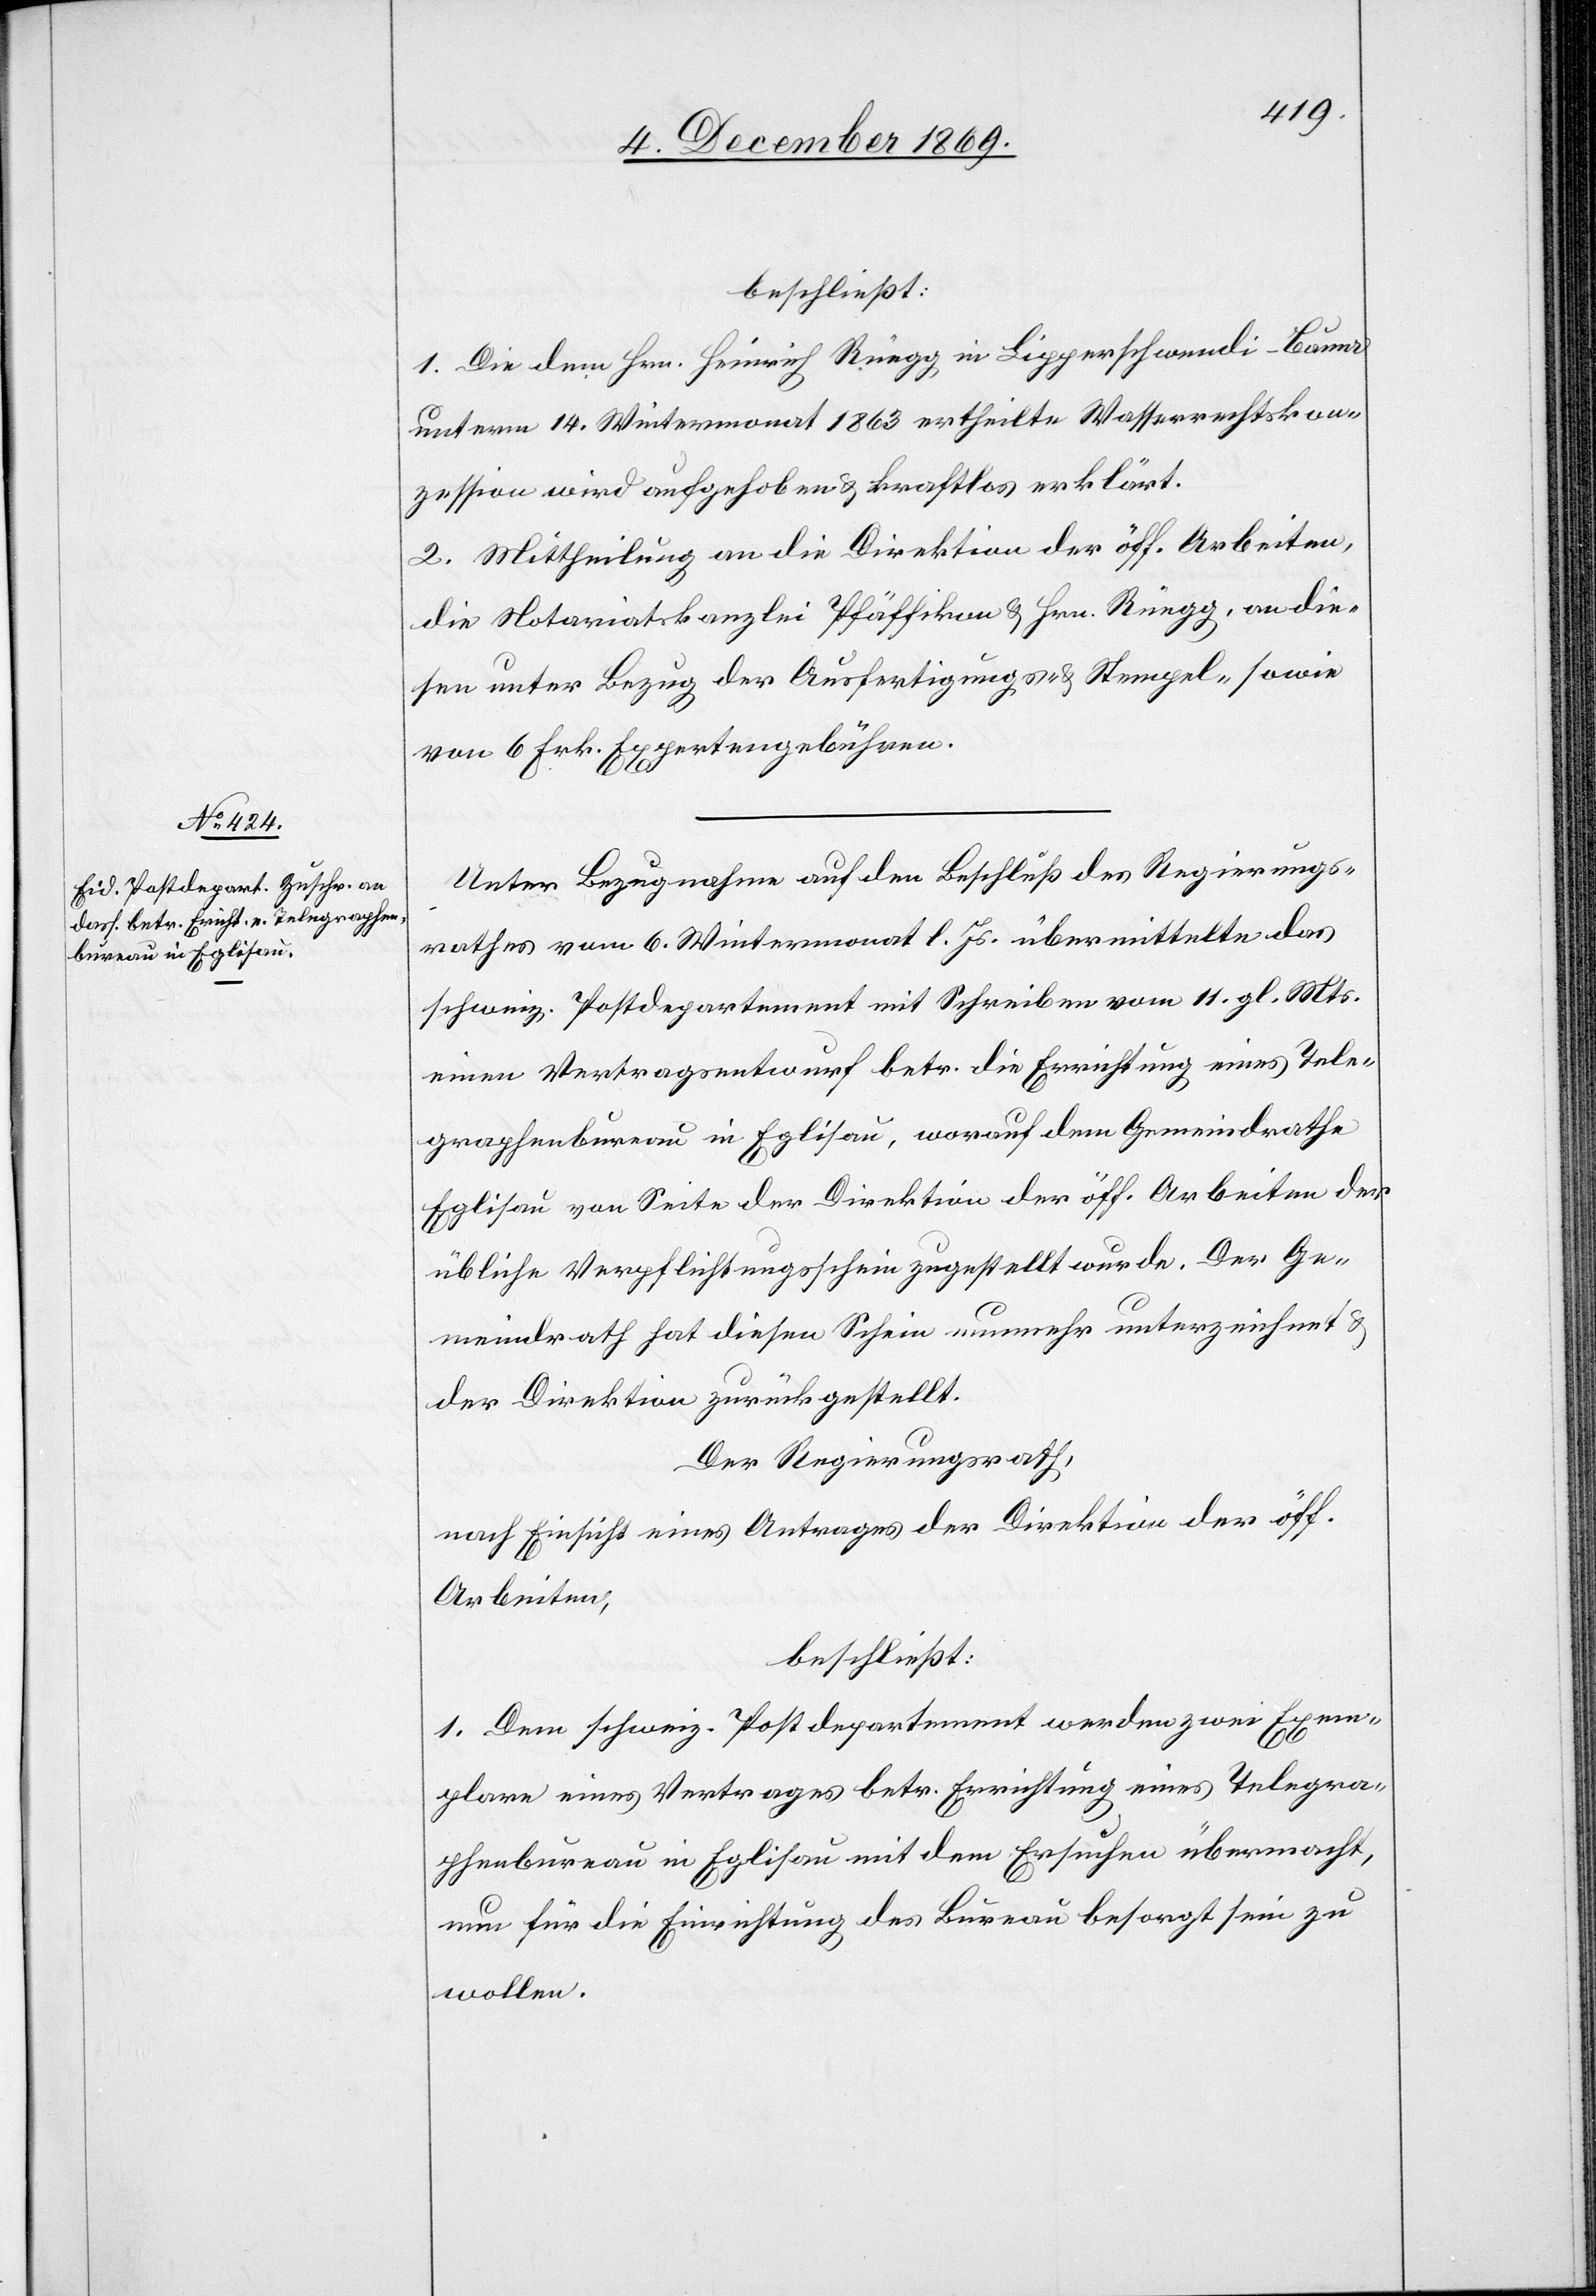
beschließt:
1. Die dem Hrn. Heinrich Rüegg in Lipperschwendi - Bauma
unterm 14. Wintermonat 1863 ertheilte Wasserrechtskon¬
zession wird aufgehoben & kraftlos erklärt.
2. Mittheilung an die Direktion der öff. Arbeiten,
die Notariatskanzlei Pfäffikon & Hrn. Rüegg, an die¬
sen unter Bezug der Ausfertigungs- & Stempel-[,] sowie
von 6 Frk. Expertengebühren.
Unter Bezugnahme auf den Beschluß des Regierungs¬
rathes vom 6. Wintermonat l. Js. übermittelte das
schweiz. Postdepartement mit Schreiben vom 11. gl. Mts.
einen Vertragsentwurf betr. die Errichtung eines Tele¬
graphenbureau in Eglisau, worauf dem Gemeindrathe
Eglisau von Seite der Direktion der öff. Arbeiten der
übliche Verpflichtungsschein zugestellt wurde. Der Ge¬
meindrath hat diesen Schein nunmehr unterzeichnet &
der Direktion zurückgestellt.
Der Regierungsrath,
nach Einsicht eines Antrages der Direktion der öff.
Arbeiten,
beschließt:
1. Dem schweiz. Postdepartement werden zwei Exem¬
plare eines Vertrages betr. Errichtung eines Telegra¬
phenbureau in Eglisau mit dem Ersuchen übermacht,
nun für die Einrichtung des Bureau besorgt sein zu
wollen.